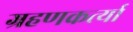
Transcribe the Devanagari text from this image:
ग्रहणकर्त्या